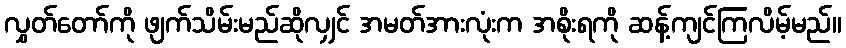
လွှတ်တော်ကို ဖျက်သိမ်းမည်ဆိုလျှင် အမတ်အားလုံးက အစိုးရကို ဆန့်ကျင်ကြလိမ့်မည်။